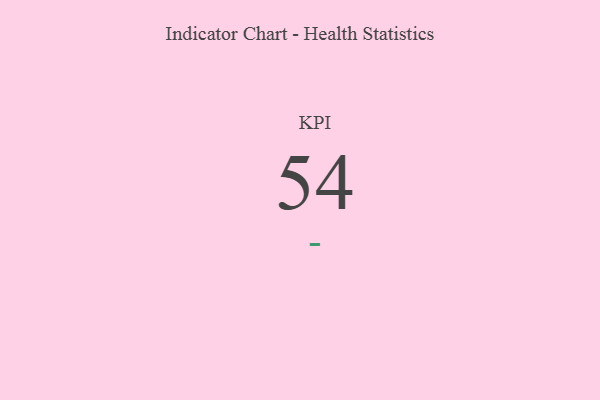
{"axis": {"x": "KPI", "y": "Value"}, "legend": [""], "data": [{"x": "KPI", "y": 54, "type": ""}]}